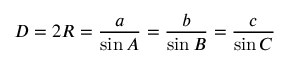
D = 2 R = { \frac { a } { \sin A } } = { \frac { b } { \sin B } } = { \frac { c } { \sin C } }